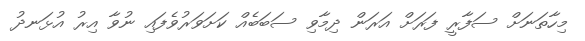
މިހާތަނަށް ސަފާރީ ފަރަށް އަރަން ދިމާވި ސަބަބެއް ކަށަވަރުވެފައި ނުވާ އިރު އުޅަނދު